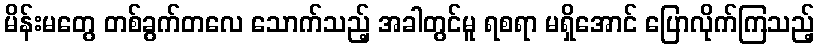
မိန်းမတွေ တစ်ခွက်တလေ သောက်သည့် အခါတွင်မူ ရစရာ မရှိအောင် ပြောလိုက်ကြသည့်